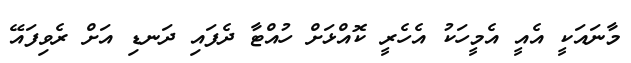
މާނައަކީ އެއީ އެމީހަކު އެހެރީ ކޮއްޅަށް ހުއްޓާ ދެފައި ދަނޑި އަށް ރެވިފައޭ